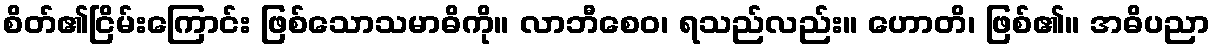
စိတ်၏ငြိမ်းကြောင်း ဖြစ်သောသမာဓိကို။ လာဘီစေဝ၊ ရသည်လည်း။ ဟောတိ၊ ဖြစ်၏။ အဓိပညာ